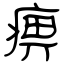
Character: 痹